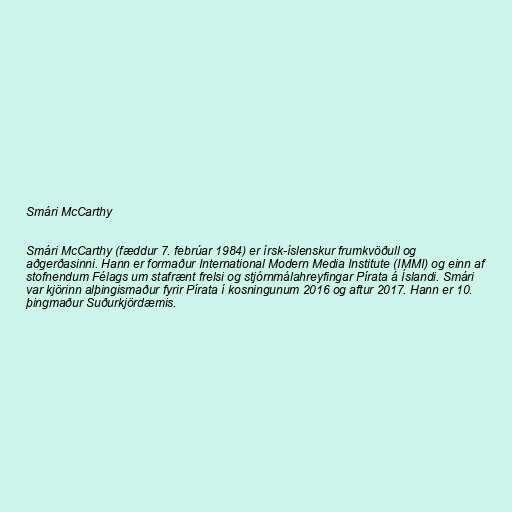
Smári McCarthy

Smári McCarthy (fæddur 7. febrúar 1984) er írsk-íslenskur frumkvöðull og
aðgerðasinni. Hann er formaður International Modern Media Institute (IMMI) og einn af
stofnendum Félags um stafrænt frelsi og stjórnmálahreyfingar Pírata á Íslandi. Smári
var kjörinn alþingismaður fyrir Pírata í kosningunum 2016 og aftur 2017. Hann er 10.
þingmaður Suðurkjördæmis.